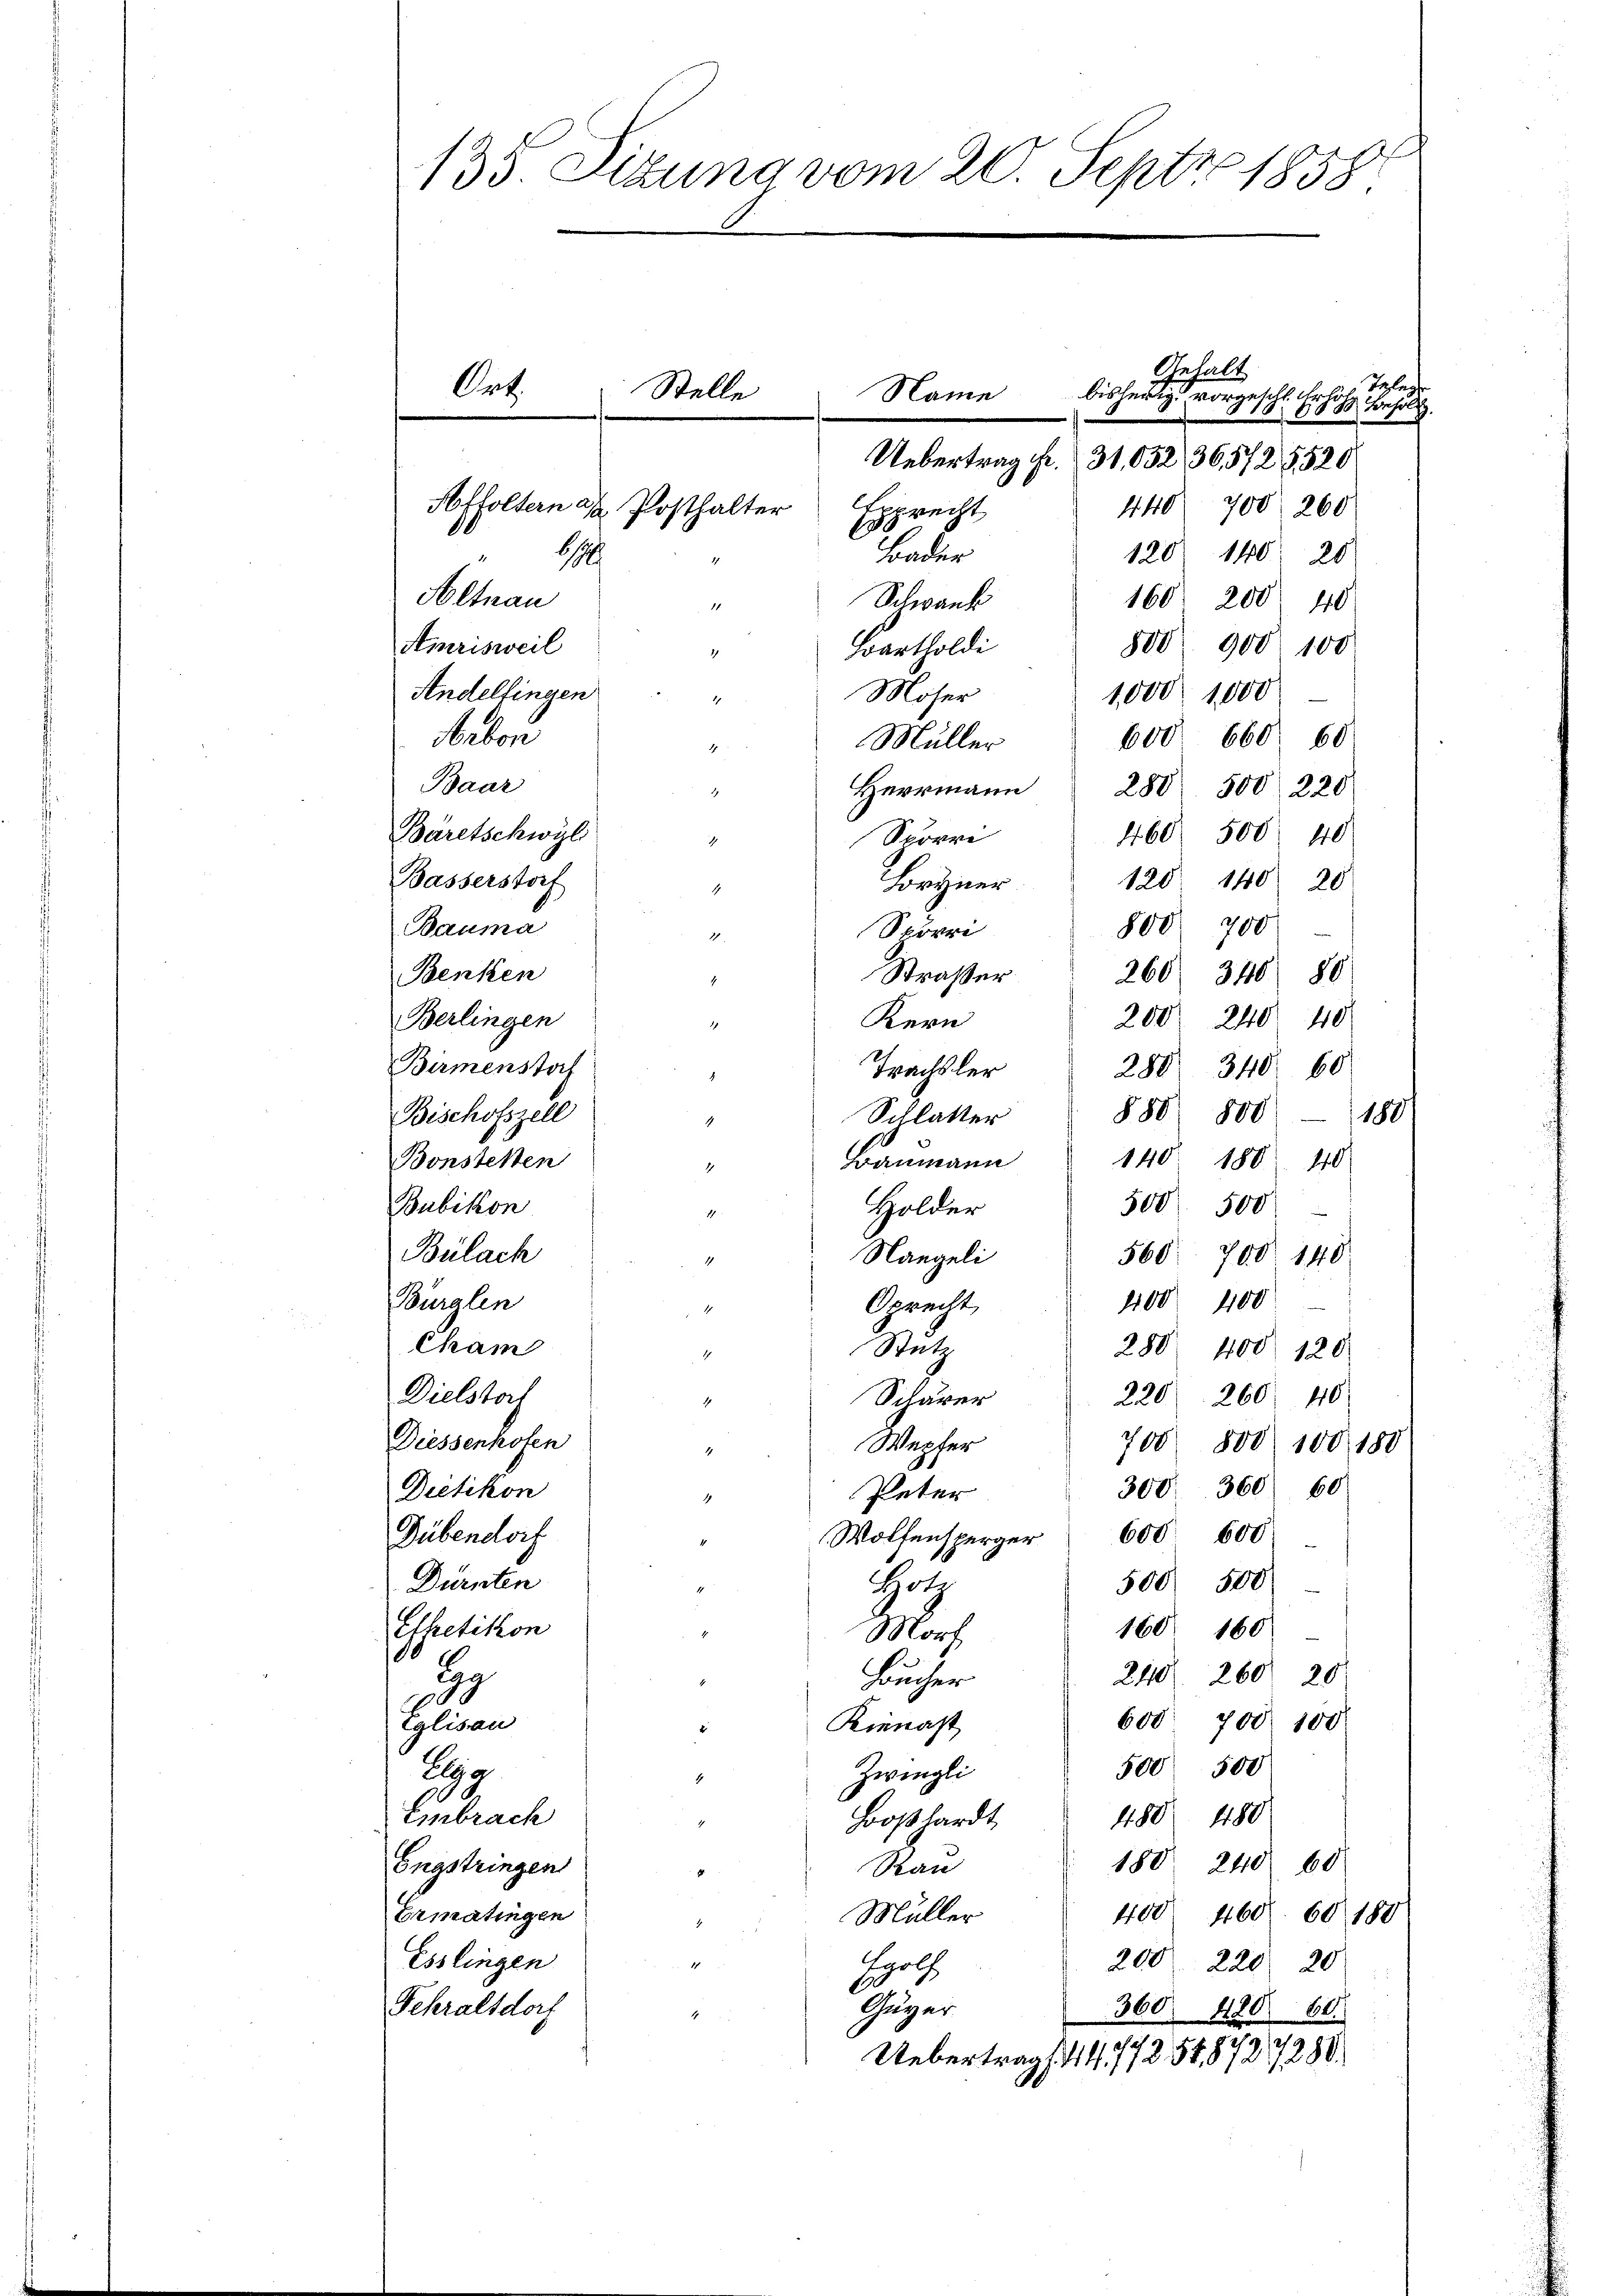
135. Sizung vom 20. Sept. 1858.

Altnau
160. 200
Schwank
10
1
800 900 100
Amrisweil
Bartholdi
Andelfingen
Moser
1,000. 1000
1
abon
600 660. 60
Müller
4
Baar
Herrmann
280 500, 220
S
Bäretschwyl
468. 500 40
Spörri

Basserstorf
120. 140 20
Loryner
1
800. 700
Bauma
Spörri
1
Benken
Straßer
260/ 340 80
.
200 240 40
Berlingen
Kern
.
Birmenstoch
Trachsler
288 340. 60
888) 800 — 180
Schlatter
Bischofszell
140 180 40
Baumann
Bonstehen
4
500 500
Holder
Bubikon
Bülach
Nangeli
560 700. 140
1100. 400
Bürglen
Oprecht
1
Cham
Setz
280 400 120.
220. 260 40
Dielstoch
Schärer
4
Diessenhofen
Wepfer
700 800 100 180
4
300' 360. 60
Dietikon
Peter
1
Wolfensperger 600 000
Dübendorf
Dürnten
500 500
Hotz
Effretikon
160 160
Morf
dan
240. 260 20
Bucher
388
600 700. 100
Eglisau
Kienast
500 500
Zwingli
Aa
1
480. 180
embrach
Boßhardt
188. 240 60
Engstringen
Rau
400. 460. 60 189
Ermatingen
Müller
Esslingen
200 220 20
Hypoth
Guyer
Schraltdorf
360. 420. 60.
.
Uebertrag (44/772548727280

Ort.

Gehalt
Teleg
Stelle
bisherig vorgeschl. Art.
Name
6000 Besold.
Uebertrag Fr. 31,052/36,5725520
Affoltern d. Posthalter
440
700 260
Exprecht
120 140. 20
Bader
1